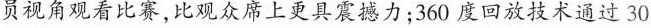
员视角观看比赛,比观众席上更具震撼力;360 度回放技术通过 30